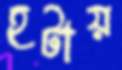
হটায়